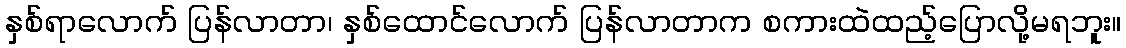
နှစ်ရာလောက် ပြန်လာတာ၊ နှစ်ထောင်လောက် ပြန်လာတာက စကားထဲထည့်ပြောလို့မရဘူး။